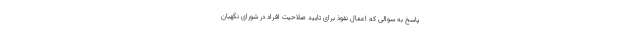
پاسخ به سوالی که اعمال نفوذ برای تایید صلاحیت افراد در شورای نگهبان